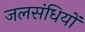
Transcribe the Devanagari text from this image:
जलसंधियों